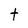
Character: t